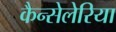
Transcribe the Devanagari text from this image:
कैन्सेलेरिया